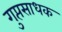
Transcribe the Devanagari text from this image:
गुप्तसाधक